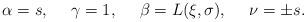
LaTeX: \begin{align*}\alpha = s,\ \ \ \ \gamma = 1,\ \ \ \ \beta = L(\xi,\sigma),\ \ \ \ \nu = \pm s.\end{align*}